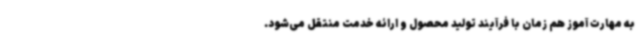
به مهارت آموز هم زمان با فرآیند تولید محصول و ارائه خدمت منتقل می‌شود.